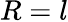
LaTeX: R=l